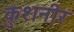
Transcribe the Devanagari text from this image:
कुशनीर